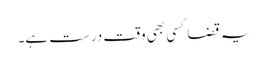
یہ قضا کسی بھی وقت درست ہے۔